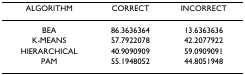
| ALGORITHM | CORRECT | INCORRECT |
 | --- | --- | --- |
 | BEA | 86.3636364 | 13.6363636 |
 | K-MEANS | 57.7922078 | 42.2077922 |
 | HIERARCHICAL | 40.9090909 | 59.0909091 |
 | PAM | 55.1948052 | 44.8051948 |